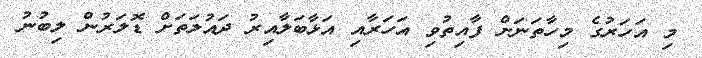
މި އަހަރުގެ މިހާތަނަށް ފާއިތުވި އަހަރާއި އަޅާބަލާއިރު ދައުލަތަށް ޑޮލަރުން ލިބުނު